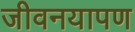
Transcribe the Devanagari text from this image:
जीवनयापण